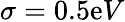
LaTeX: \sigma=0.5\mathrm{e}V